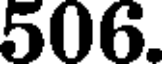
506.